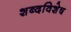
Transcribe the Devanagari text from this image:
शब्दविशेष